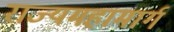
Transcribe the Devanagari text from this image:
राज्यमहामार्ग